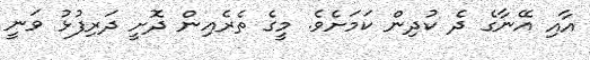
އާއި އޭނާގެ ދެ ކުދިން ކަމަށެވެ. މީގެ ތެރެއިން ދޮށީ ދަރިފުޅު ވަނީ